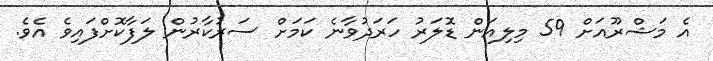
އެ މަޝްރޫއަށް 59 މިލިއަން ޑޮލަރު ހަރަދުވާނެ ކަމަށް ސަރުކާރުން ލަފާކޮށްފައިވެ އެވެ.